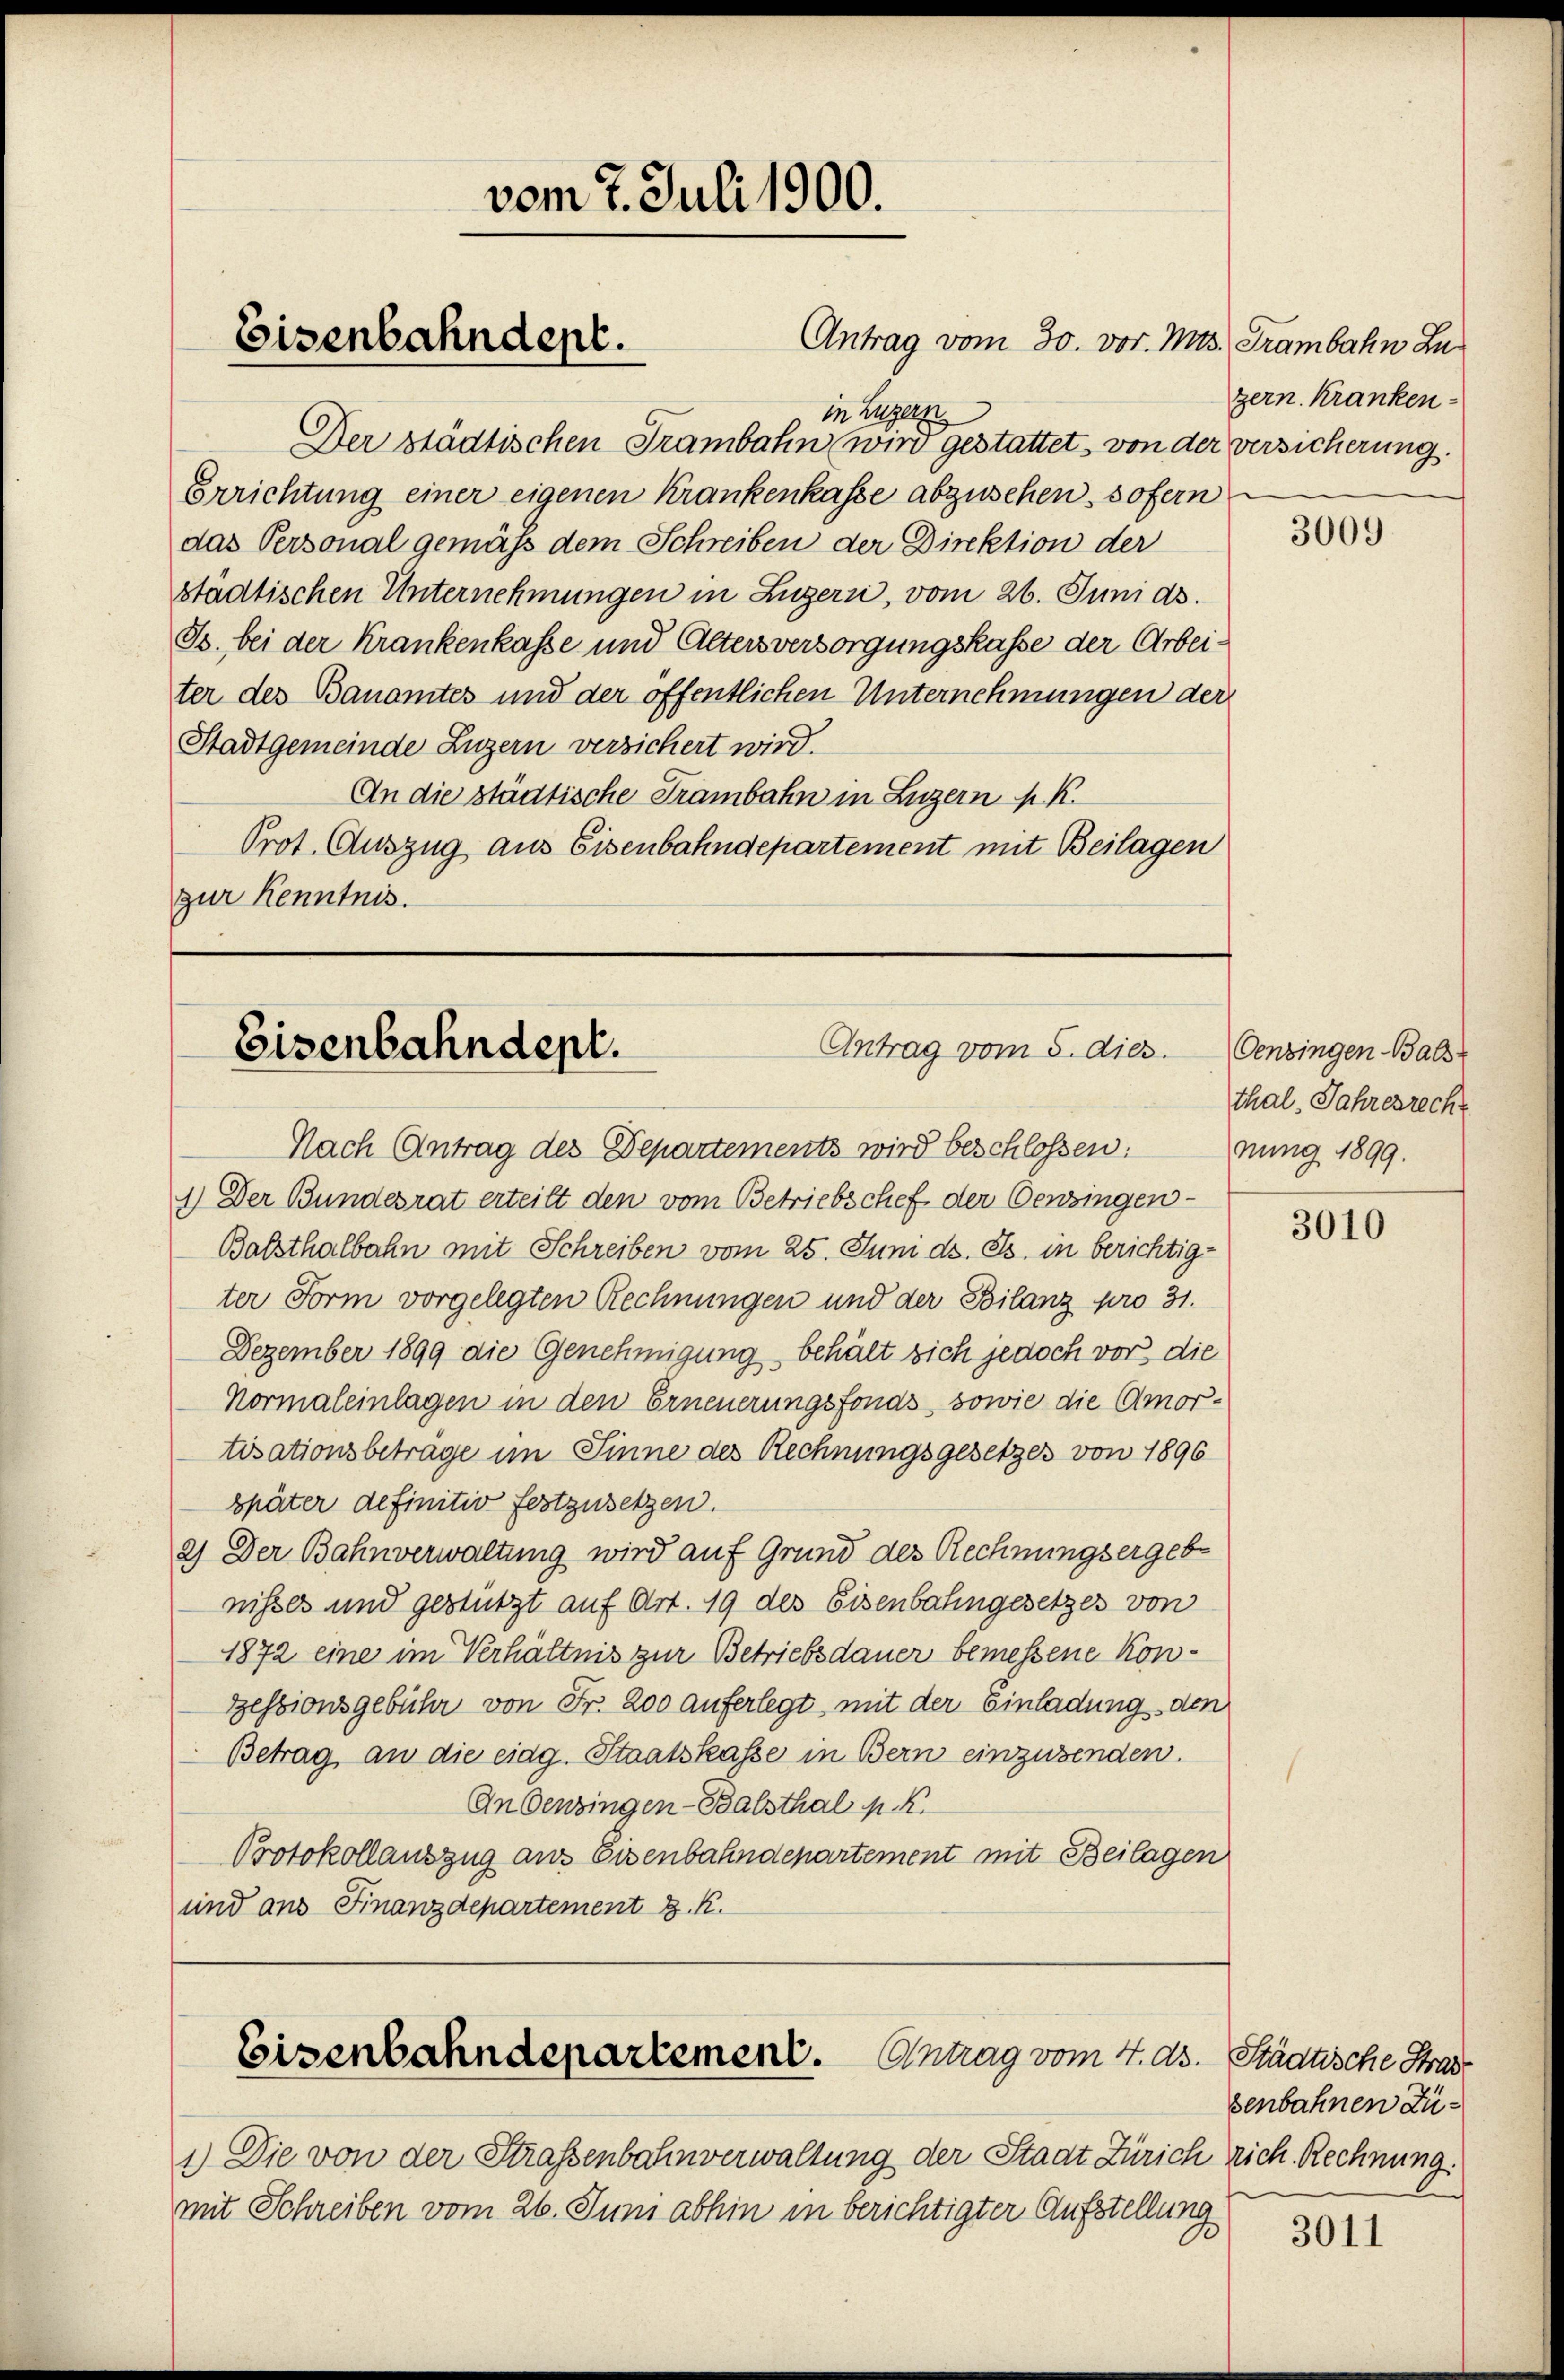
Eisenbahndept.

vom 7. Juli 1900.

in Luzern
Der städtischen Trambahn wird gestattet, von der versicherung.
Errichtung einer eigenen Krankenkasse abzusehen, sofern
das Personal gemäß dem Schreiben der Direktion der
städtischen Unternehmungen in Luzern, vom 26. Junids.
Is. bei der Krankenkasse und Alters versorgungskasse der Arbeiter des Bauamtes und der öffentlichen Unternehmungen der
Stadtgemeinde Luzern versichert wird.
An die städtische Trambahn in Luzern K. K.
Prot. Auszug aus Eisenbahndepartement mit Beilagen
zur Kenntnis.

Antrag vom 30. vor. Mts. Trambahn Zu¬

Antrag vom 5. dies.
Eisenbahndept.

Nach Antrag des Departements wird beschlossen:
1.) Der Bundesrat erteilt den vom Betriebschef der Oenzingen
Balsthalbahn mit Schreiben vom 25. Juni d. Js. in berichtigter Form vorgelegten Rechnungen und der Bilanz pro 31.
Dezember 1899 die Genehmigung behält sich jedoch vor die
Normaleinlagen in den Erneuerungsfonds, sowie die Amortisationsbeträge im Sinne des Rechnungsgesetzes von 1896
später definitiv festzusetzen.
2) Der Bahnverwaltung wird auf Grund des Rechnungsergebnisses und gestützt auf Art. 19 des Eisenbahngesetzes von
1872 eine im Verhältnis zur Betriebsdauer bemessene Kon¬
Zessionsgebühr von Fr. 200 auferlegt, mit der Einladung den
Betrag, an die eidg. Staatskasse in Bern einzusenden.
An Oenzingen-Balsthal p. K.
Protokollauszug aus Eisenbahndepartement mit Beilagen
und aus Finanzdepartement z. R.

Eisenbahndepartement. Antrag vom 4. ds. Städtische Strad

1.) Die von der Strassenbahnverwaltung der Stadt Zürich rich. Rechnung.
mit Schreiben vom 26. Juni abhin in berichtigter Aufstellung

zern. Kranken-

3009

Oenzingen Bals
thal, Jahresreche
nung 1899.

3010

senbahnen Zu¬

3011